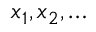
x _ { 1 } , x _ { 2 } , \ldots